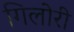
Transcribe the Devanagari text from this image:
गिलोरी